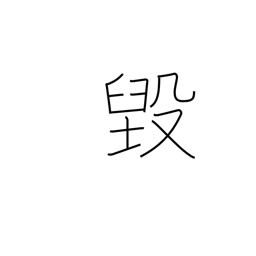
Meaning: be chipped